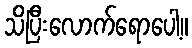
သိပြီးလောက်ရောပေါ့။